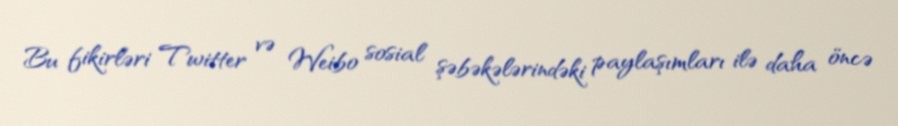
Bu fikirləri Twitter və Weibo sosial şəbəkələrindəki paylaşımları ilə daha öncə